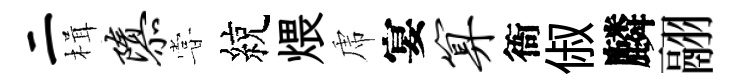
二楫隳甞綂煨虎宴算衙俶麟翮